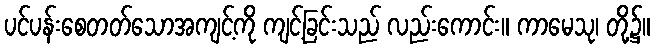
ပင်ပန်းစေတတ်သောအကျင့်ကို ကျင့်ခြင်းသည် လည်းကောင်း။ ကာမေသု၊ တို့၌။